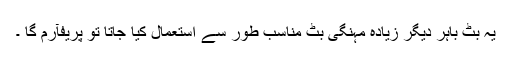
یہ بٹ باہر دیگر زیادہ مہنگی بٹ مناسب طور سے استعمال کیا جاتا تو پریفآرم گا ۔